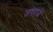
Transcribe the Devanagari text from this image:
जगदळे